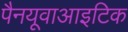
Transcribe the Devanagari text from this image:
पैनयूवाआइटिक